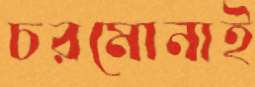
চরমোনাই